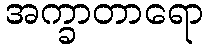
အက္ခာတာရော